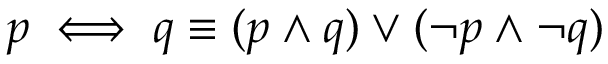
p \iff q \equiv ( p \wedge q ) \vee ( \neg p \wedge \neg q )